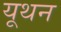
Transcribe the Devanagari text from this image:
यूथन